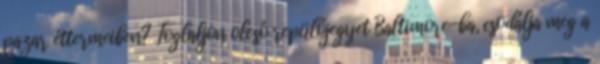
pazar éttermeiben? Foglaljon olcsó repülőjegyet Baltimore-ba, csodálja meg a